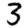
Digit: 3